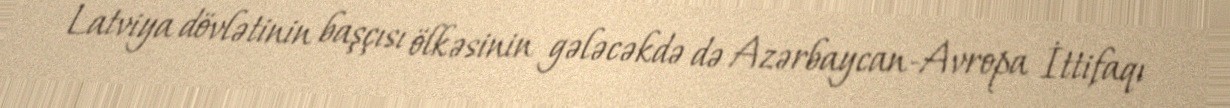
Latviya dövlətinin başçısı ölkəsinin gələcəkdə də Azərbaycan-Avropa İttifaqı